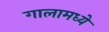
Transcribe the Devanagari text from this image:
गालामध्ये